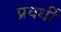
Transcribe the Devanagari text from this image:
प्रवर्धी